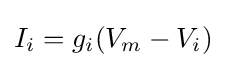
I_{i}={g_{i}}(V_{m}-V_{i})\;